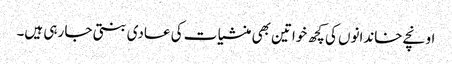
اونچے خاندانوں کی کچھ خواتین بھی منشیا ت کی عادی بنتی جا رہی ہیں۔